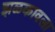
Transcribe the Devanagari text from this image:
झळकावला